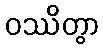
ဝဿိတွာ